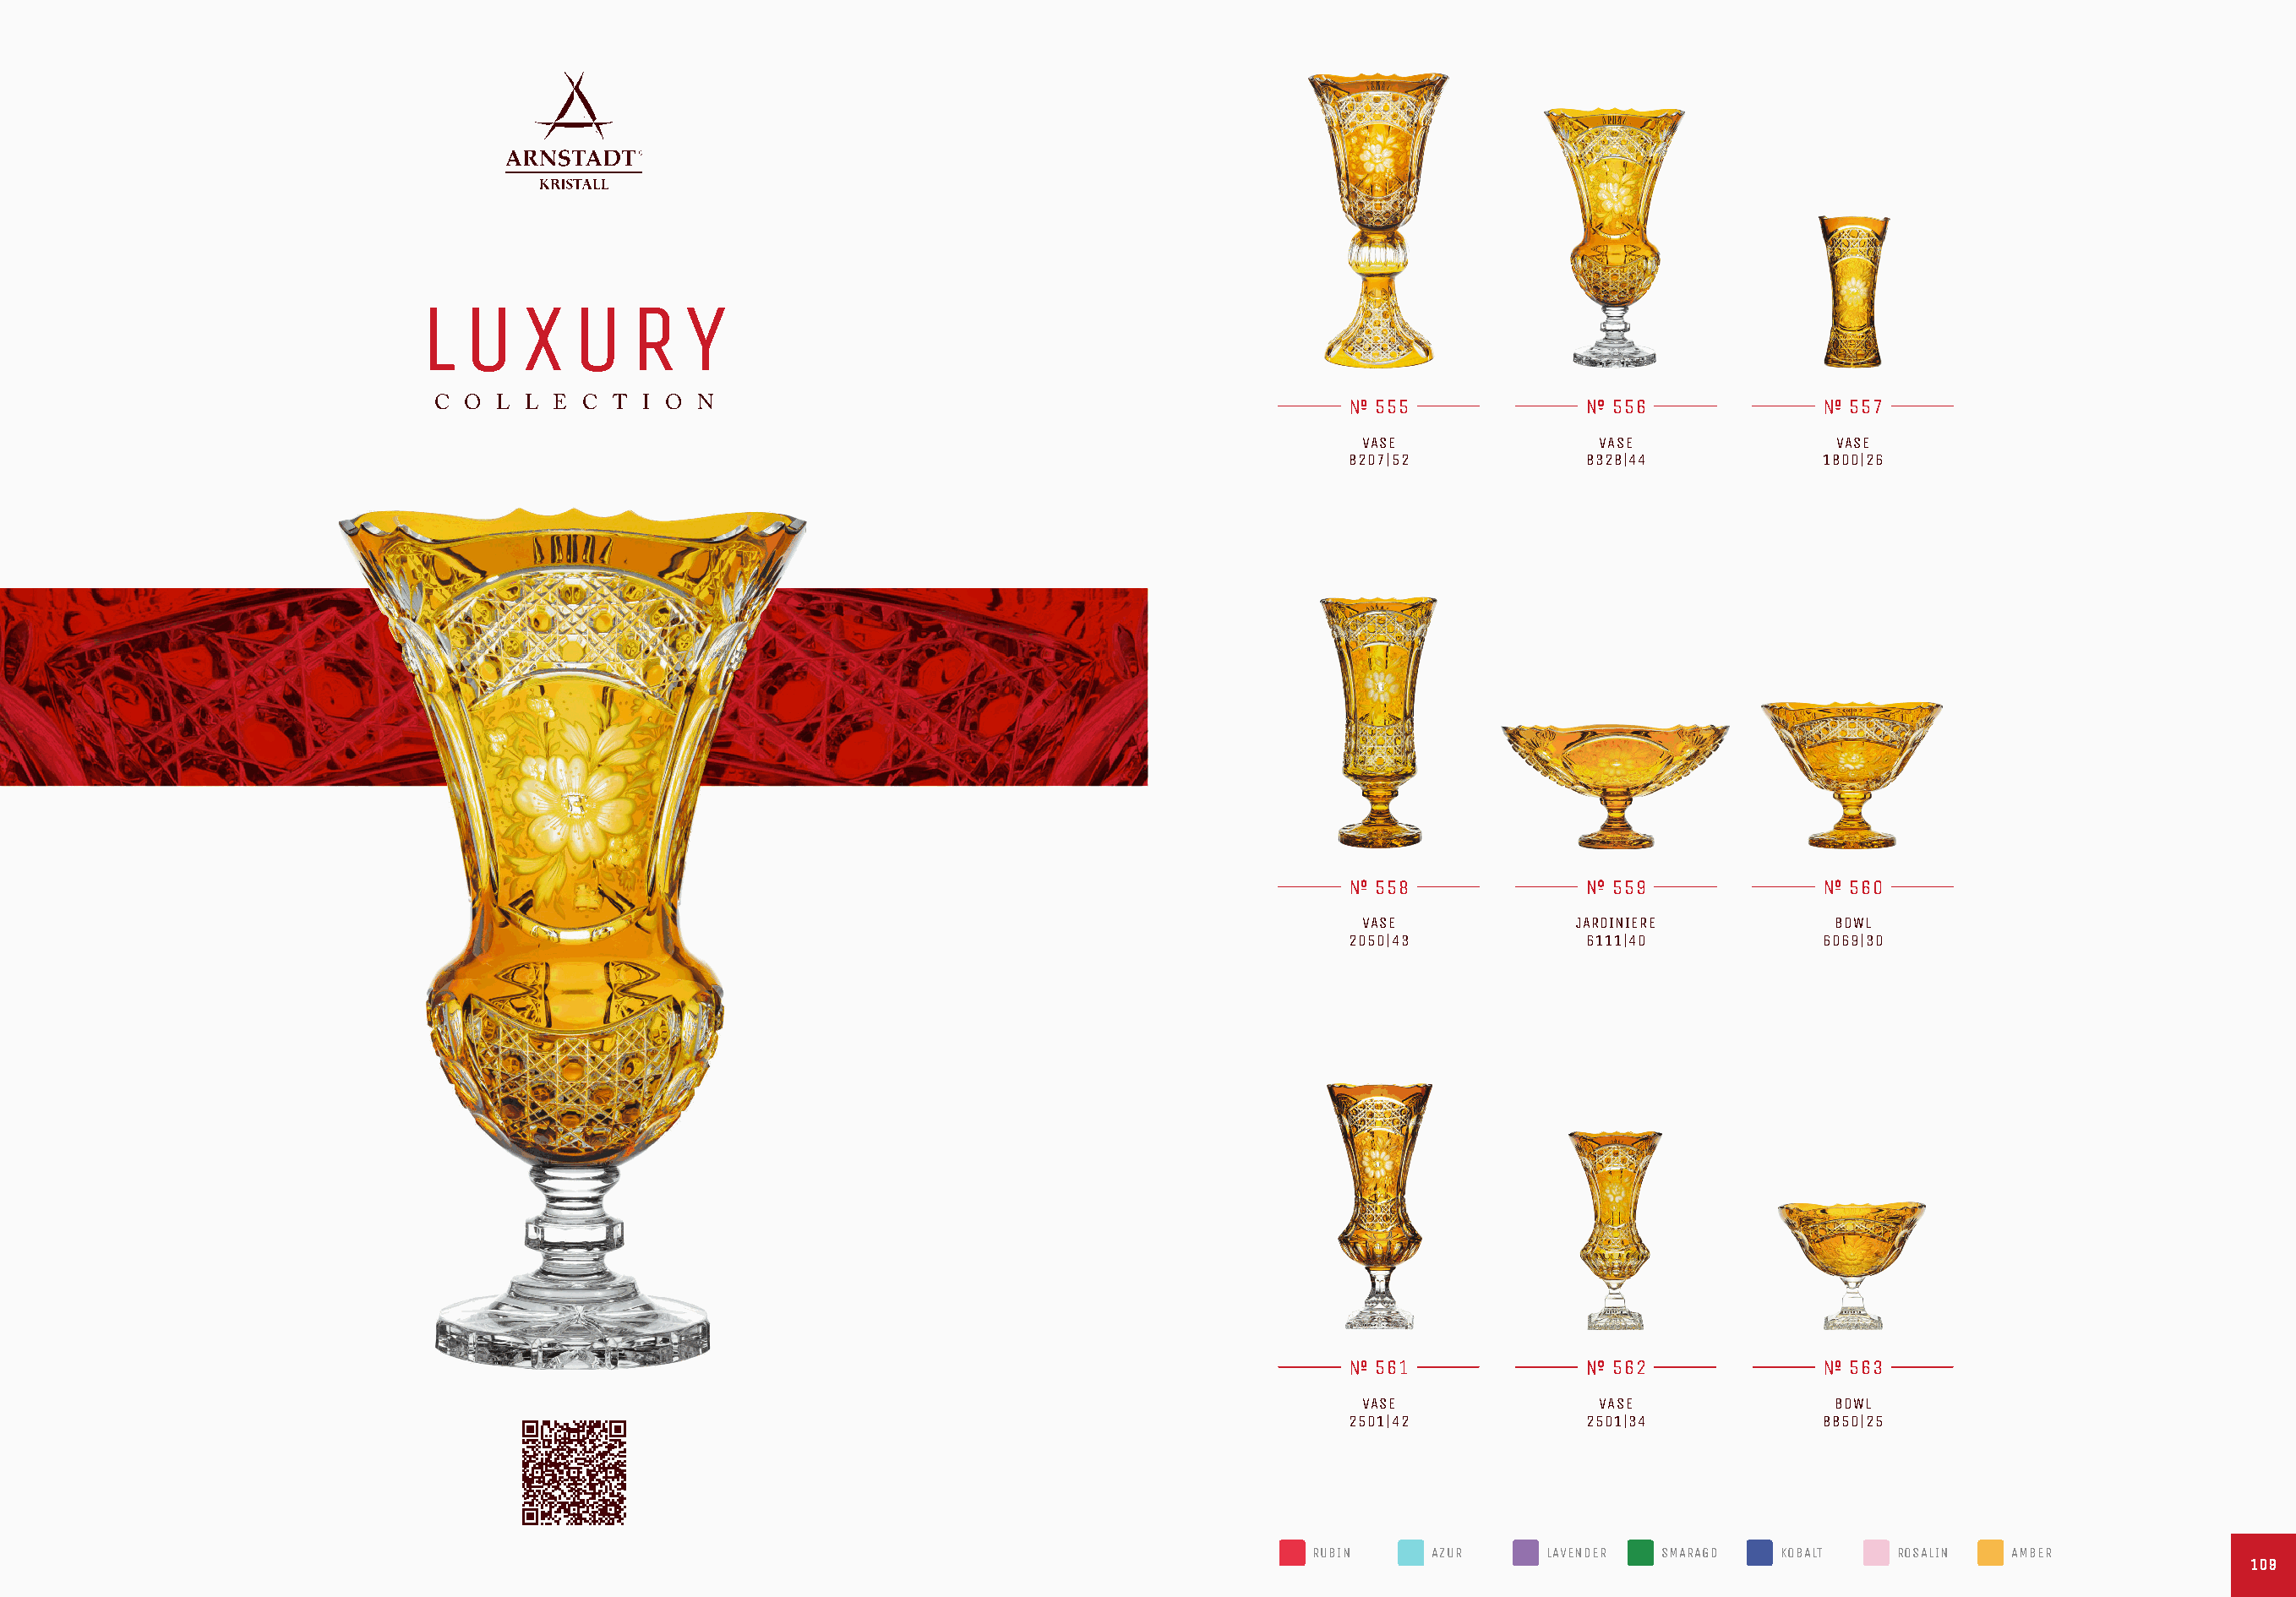
L  U    X   U   R    Y
 C O  L L E  C T I O  N                                                    555               556                557
 VASE              VASE               VASE
 8207|52           8328|44            1800|26
 558               559                560
 VASE            JARDINIERE           BOWL
 2050|43           6111|40            6069|30
 561               562                563
 VASE              VASE               BOWL
 2501|42           2501|34            8850|25
 RUBIN    AZUR     LAVENDER SMARAGD  KOBALT    ROSALIN  AMBER
 110099